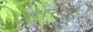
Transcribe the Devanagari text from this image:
१९९२२मध्ये